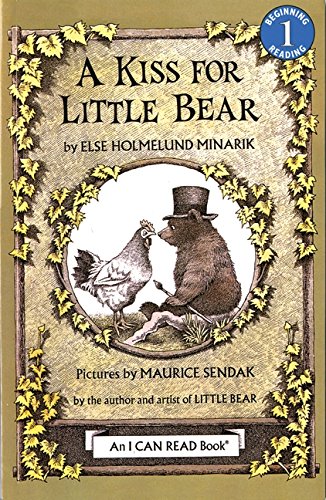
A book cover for A Kiss for Little Bear (An I Can Read Book); Else Holmelund Minarik; Children's Books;